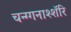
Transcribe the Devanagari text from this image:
चन्ग्गनाश्शॅरि